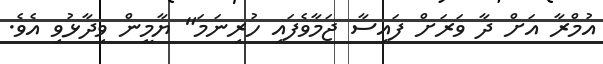
އުމްރާ އަށް ދާ ވަރަށް ފައިސާ ޖަމާވެފައި ހުރިނަމަ" ޔާމީން ވިދާޅުވި އެވެ.